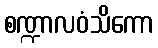
စဏ္ဍာလဝံသိကော